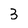
Character: 3